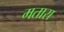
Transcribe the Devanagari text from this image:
मतारा